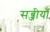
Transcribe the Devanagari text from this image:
सब्जीयाँ